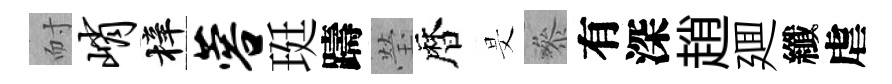
耐峭梓蓉珽躊瑩暦旻叅有深趙廽纖虐